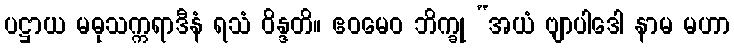
ပဋ္ဌာယ မဓုသက္ကရာဒီနံ ရသံ ဝိန္ဒတိ။ ဧဝမေဝ ဘိက္ခု “အယံ ဗျာပါဒေါ နာမ မဟာ